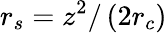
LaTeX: r_{s}=z^{2}/\left(2r_{c}\right)